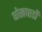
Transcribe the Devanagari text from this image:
धोखधाडी